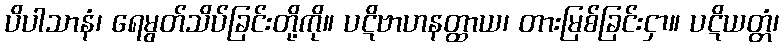
ပိပါသာနံ၊ ရေမွတ်သိပ်ခြင်းတို့ကို။ ပဋိဗာဟနတ္ထာယ၊ တားမြစ်ခြင်းငှာ။ ပဋိယတ္တံ၊